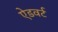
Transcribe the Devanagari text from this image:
ऐडवर्ट